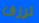
ترزق